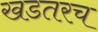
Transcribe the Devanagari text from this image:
खडतरच